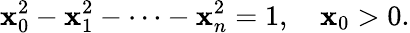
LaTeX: \mathbf{x}_{0}^{2}-\mathbf{x}_{1}^{2}-\cdots-\mathbf{x}_{n}^{2}=1,\quad\mathbf{x}_{0}>0.